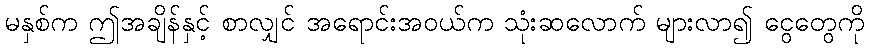
မနှစ်က ဤအချိန်နှင့် စာလျှင် အရောင်းအဝယ်က သုံးဆလောက် များလာ၍ ငွေတွေကို